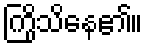
ကြိုသိနေ၏။